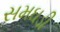
સમઘડી